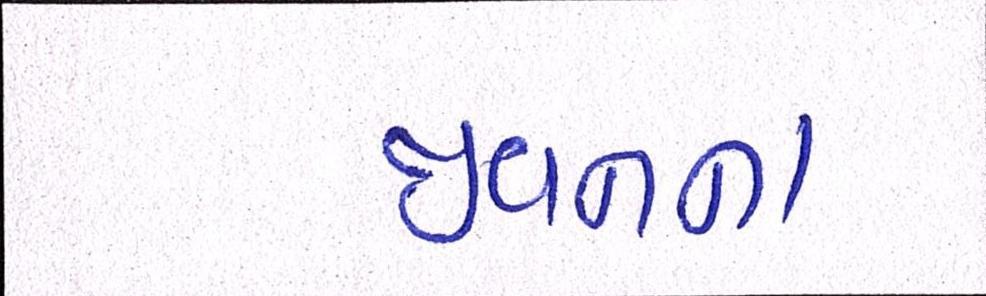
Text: જીવનના